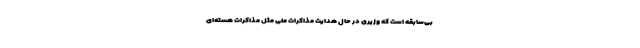
بی‌سابقه است که وزیری در حال هدایت مذاکرات ملی مثل مذاکرات هسته‌ای